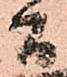
間